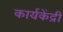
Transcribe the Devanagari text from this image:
कार्यकेंद्री